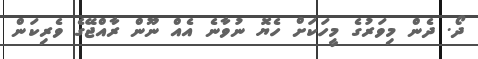
ދޯ. ދެން މިވަރުގެ މީހަކަށް ހެޔޮ ނުވާނެ އެއް ނޫން ރާއްޖޭގެ ވެރިކަން